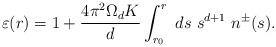
LaTeX: \begin{align*}\varepsilon(r) = 1 + \frac{4\pi^2\Omega_d K}{d} \int_{r_0}^r ~ds ~ s^{d+1} ~n^\pm (s).\end{align*}